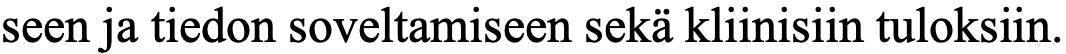
seen ja tiedon soveltamiseen sekä kliinisiin tuloksiin.